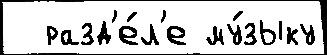
  разд'е́л'е му́зыку